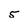
Character: 5